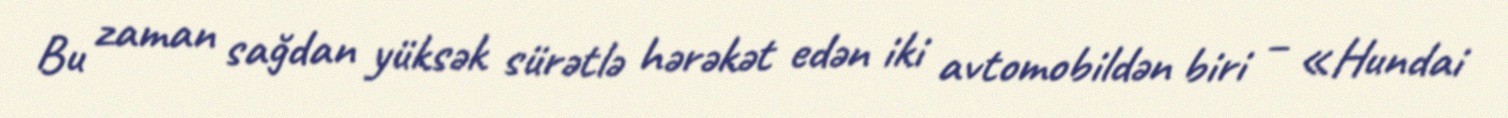
Bu zaman sağdan yüksək sürətlə hərəkət edən iki avtomobildən biri – «Hundai